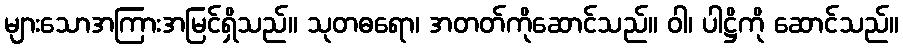
များသောအကြားအမြင်ရှိသည်။ သုတဓရော၊ အတတ်ကိုဆောင်သည်။ ဝါ၊ ပါဋ္ဌိကို ဆောင်သည်။